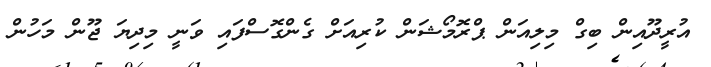
އުރީދޫއިން ބިގް މިލިއަން ޕްރޮމޯޝަން ކުރިއަށް ގެންގޮސްފައި ވަނީ މިދިޔަ ޖޫން މަހުން